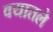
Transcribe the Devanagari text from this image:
वयातले